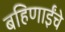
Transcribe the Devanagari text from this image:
बहिणाईंचे